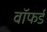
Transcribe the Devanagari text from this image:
वॉफर्ड